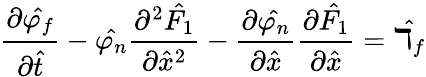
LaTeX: \frac{\partial\hat{\varphi_{f}}}{\partial\hat{t}}-\hat{\varphi_{n}}\frac{\partial^{2}\hat{F_{1}}}{\partial\hat{x}^{2}}-\frac{\partial\hat{\varphi_{n}}}{\partial\hat{x}}\frac{\partial\hat{F_{1}}}{\partial\hat{x}}=\hat{\daleth_{f}}